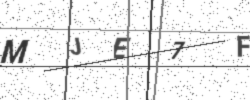
Text: MJE7F